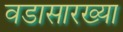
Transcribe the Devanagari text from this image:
वडासारख्या